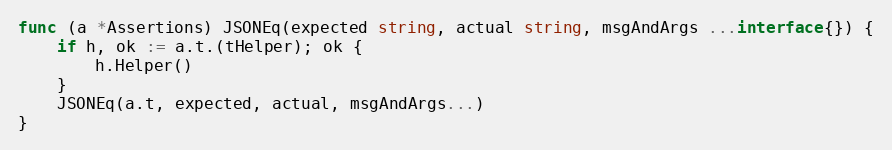
Language: Go
func (a *Assertions) JSONEq(expected string, actual string, msgAndArgs ...interface{}) {
	if h, ok := a.t.(tHelper); ok {
		h.Helper()
	}
	JSONEq(a.t, expected, actual, msgAndArgs...)
}